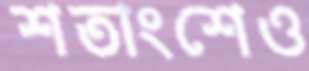
শতাংশেও